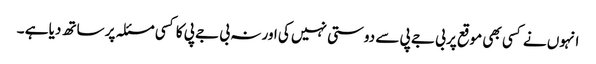
انہوں نے کسی بھی موقع پر بی جے پی سے دوستی نہیں کی اور نہ بی جے پی کا کسی مسئلہ پر ساتھ دیا ہے ۔